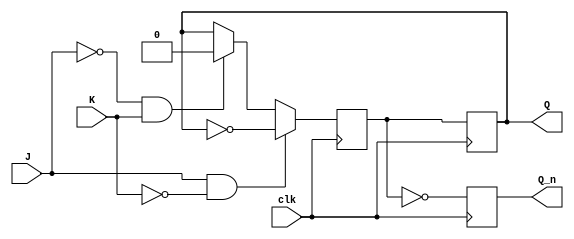
module negedge_jk_ff (
    input J,
    input K,
    input clk,
    output reg Q,
    output reg Q_n
);

reg Q_next;

always @(negedge clk) begin
    if (J && ~K)
        Q_next <= ~Q;
    else if (~J && K)
        Q_next <= 1'b0;
    else if (J && K)
        Q_next <= Q;
    else
        Q_next <= Q;
end

always @(negedge clk) begin
    Q <= Q_next;
    Q_n <= ~Q_next;
end

endmodule